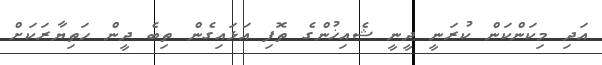
އަދި މިކަންކަން ކުރަނީ ދީނީ ޝެއިޚުންގެ ތޮފި އަޅައިގެން ތިބެ ދީން ހަތިޔާރަކަށް